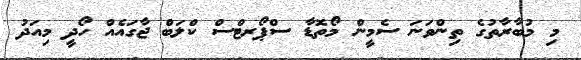
މި މުބާރާތުގެ ތިންވަނަ ސެމީން މޯތޮޑާ ސްޕޯރޓްސް ކްލަބް ޖާގައެއް ހޯދީ މިއަދު